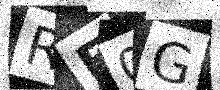
Text: RE0G